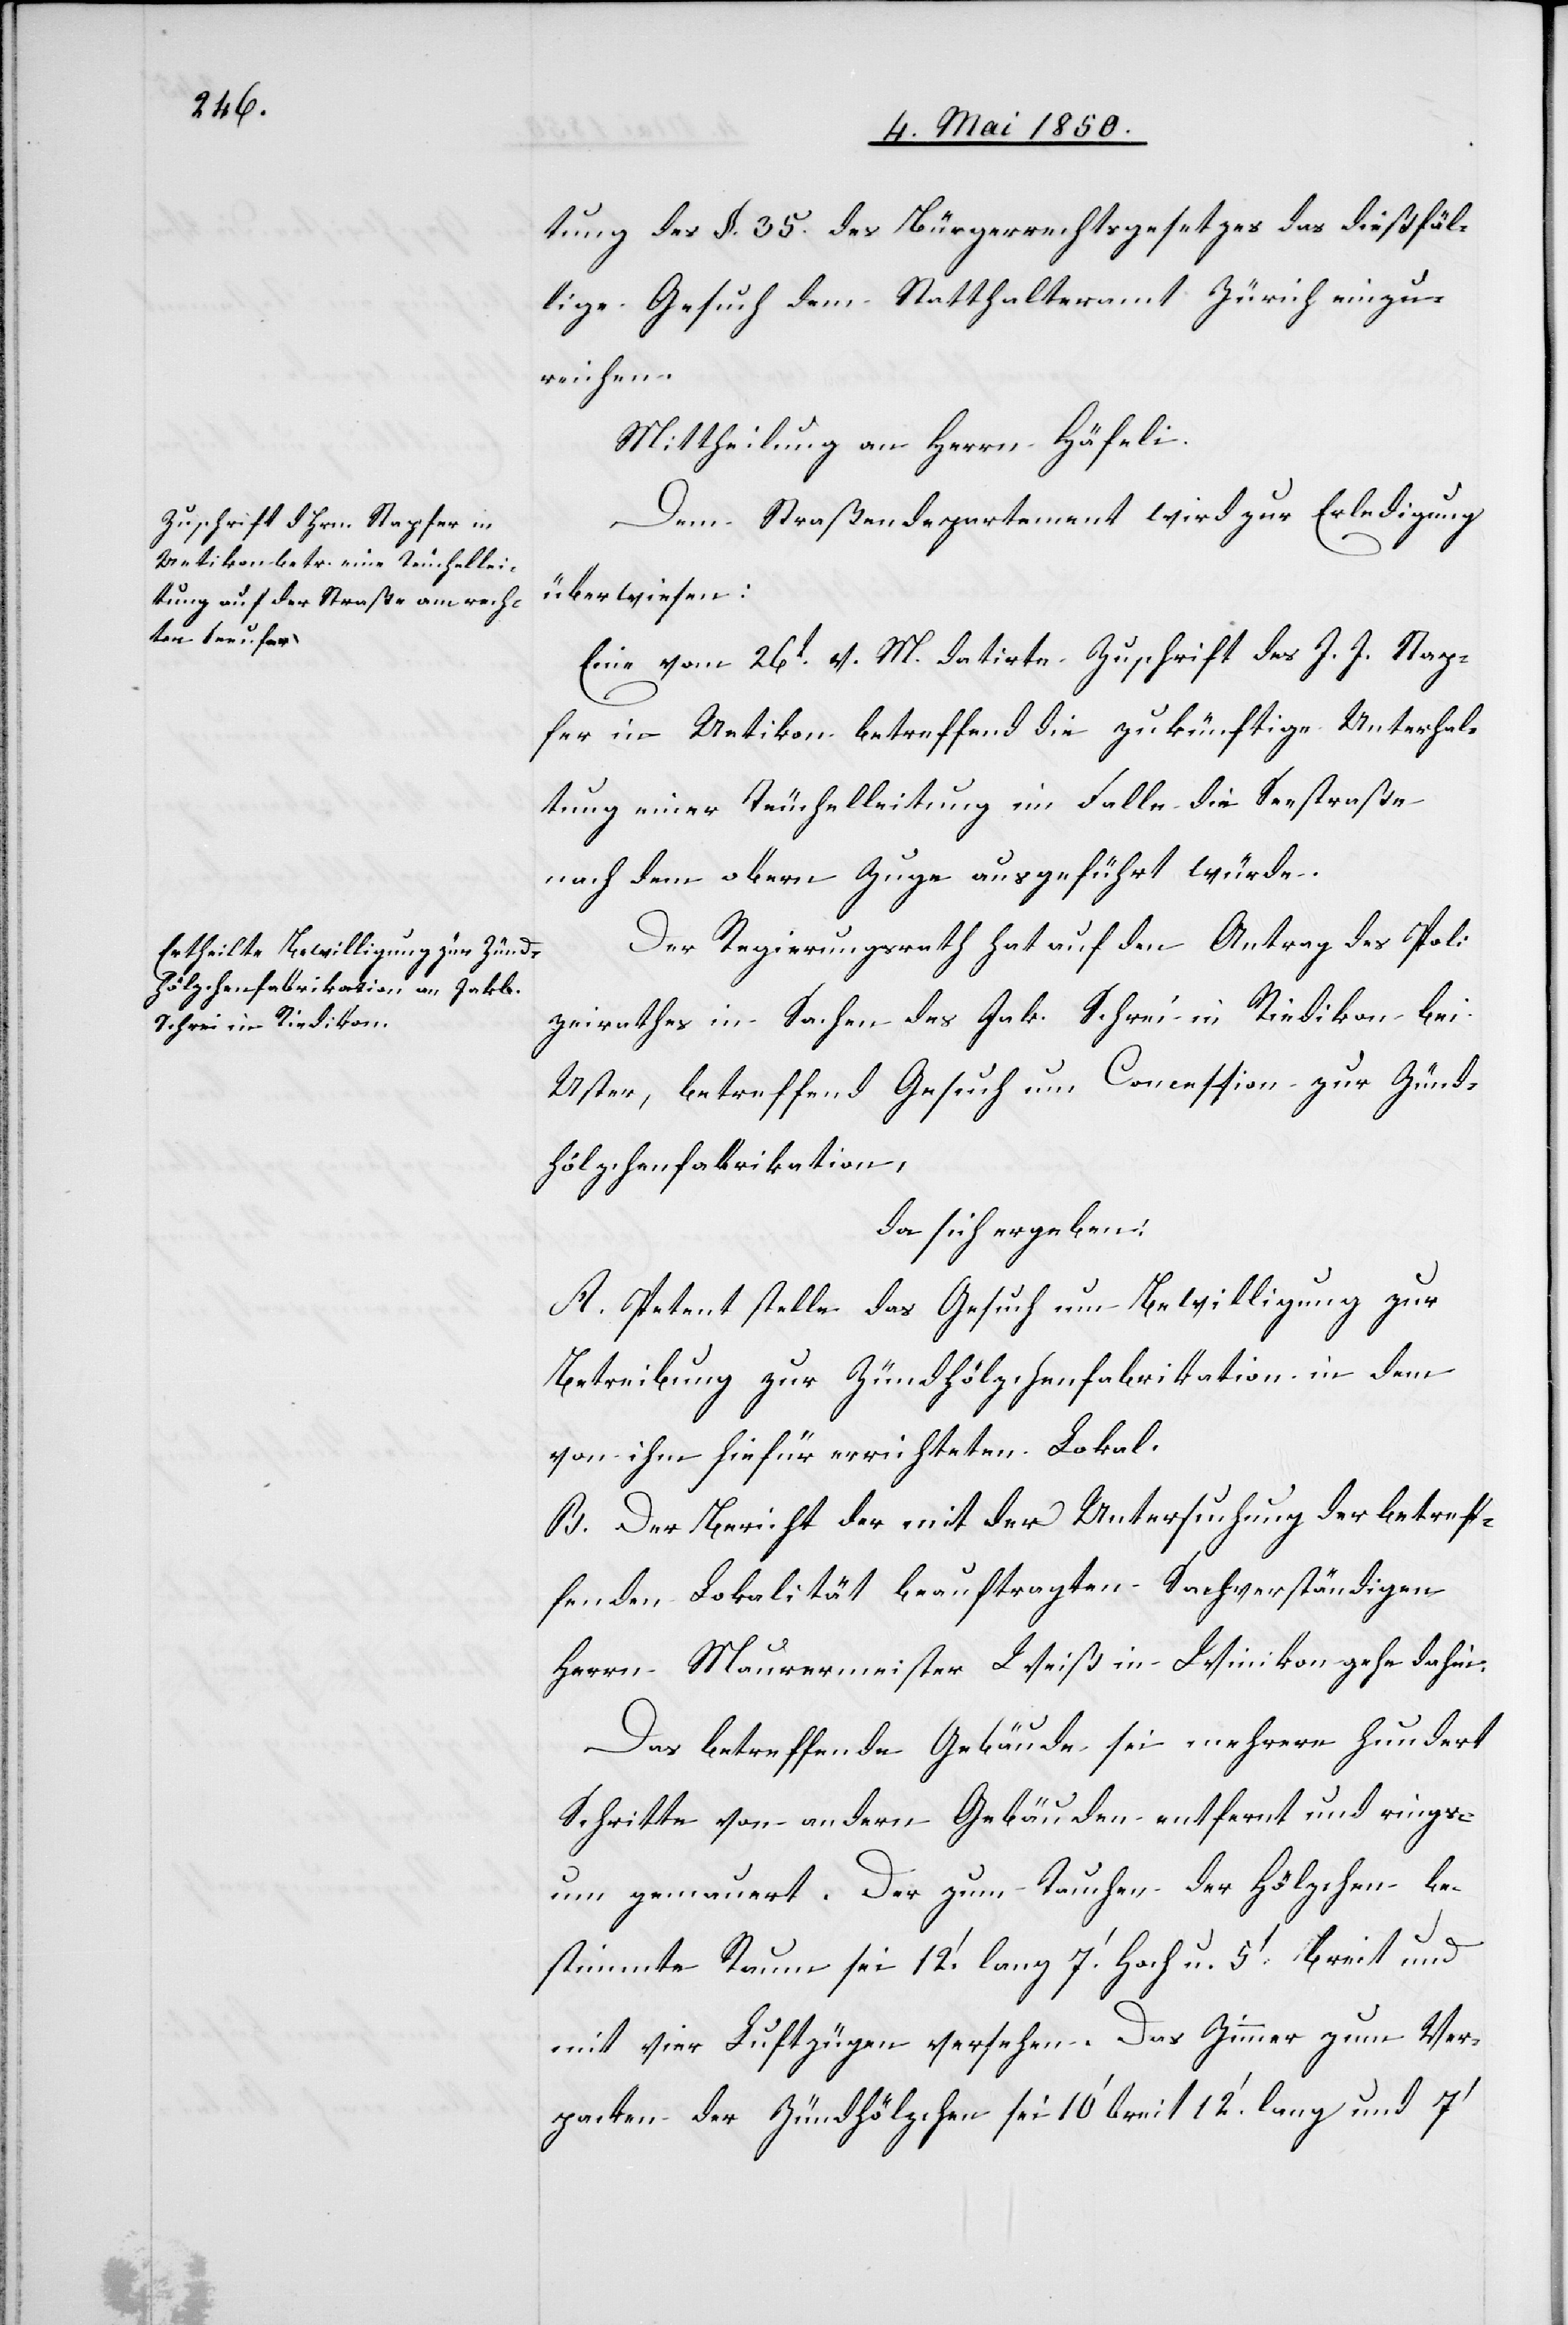
tung des §. 35. des Bürgerrechtsgesetzes das dießfäl¬
lige Gesuch dem Statthalteramt Zürich einzu¬
reichen.
Mittheilung an Herrn Häfeli.
Dem Straßendepartement wird zur Erledigung
überwiesen:
Eine vom 26t v. M. datirte Zuschrift des J. J. Stap¬
fer in Uetikon betreffend die zukünftige Unterhal¬
tung einer Teuchelleitung im Falle die Seestraße
nach dem obern Zuge ausgeführt würde.
Der Regierungsrath hat auf den Antrag des Poli¬
zeirathes in Sachen des Jak. Schrei in Riedikon bei
Uster, betreffend Gesuch um Concession zur Zünd¬
hölzchenfabrikation,
da sich ergeben:
A. Petent stelle das Gesuch um Bewilligung zur
Betreibung zur Zündhölzchenfabrikation in dem
von ihm hiefür errichteten Lokal.
B. Der Bericht der mit der Untersuchung der betref¬
fenden Lokalität beauftragten Sachverständigen
Herrn Maurermeister Weiß in Winikon gehe dahin:
Das betreffende Gebäude sei mehrere hundert
Schritte von andern Gebäuden entfernt und rings¬
um gemauert. Der zum Tauchen der Hölzchen be¬
stimmte Raum sei 12.‘ lang 7.‘ Hoch u. 5.‘ Breit und
mit vier Luftzügen versehen. Das Zimmer zum Ver¬
packen der Zündhölzchen sei 10‘ breit 12.‘ lang und 7‘